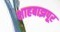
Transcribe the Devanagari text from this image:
शाहबाझपूर